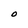
Character: O